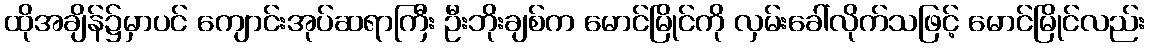
ထိုအချိန်၌မှာပင် ကျောင်းအုပ်ဆရာကြီး ဦးဘိုးချစ်က မောင်မြိုင်ကို လှမ်းခေါ်လိုက်သဖြင့် မောင်မြိုင်လည်း